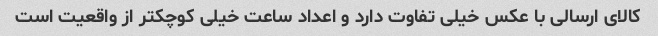
کالای ارسالی با عکس خیلی تفاوت دارد و اعداد ساعت خیلی کوچکتر از واقعیت است